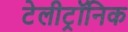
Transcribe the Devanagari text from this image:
टेलीट्रॉनिक